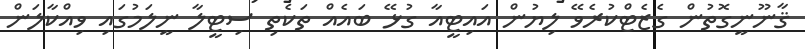
ޤާނޫނީގޮތުން ގެޒެޓްކުރެވޭ ލިޔުން އައިޓީއާ ގުޅޭ ބައެއް ތަކެތި ސިޓީލާ ނީލަމުގައި ވިއްކާލަން